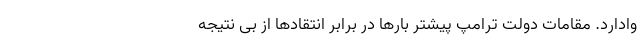
وادارد. مقامات دولت ترامپ پیشتر بارها در برابر انتقادها از بی نتیجه